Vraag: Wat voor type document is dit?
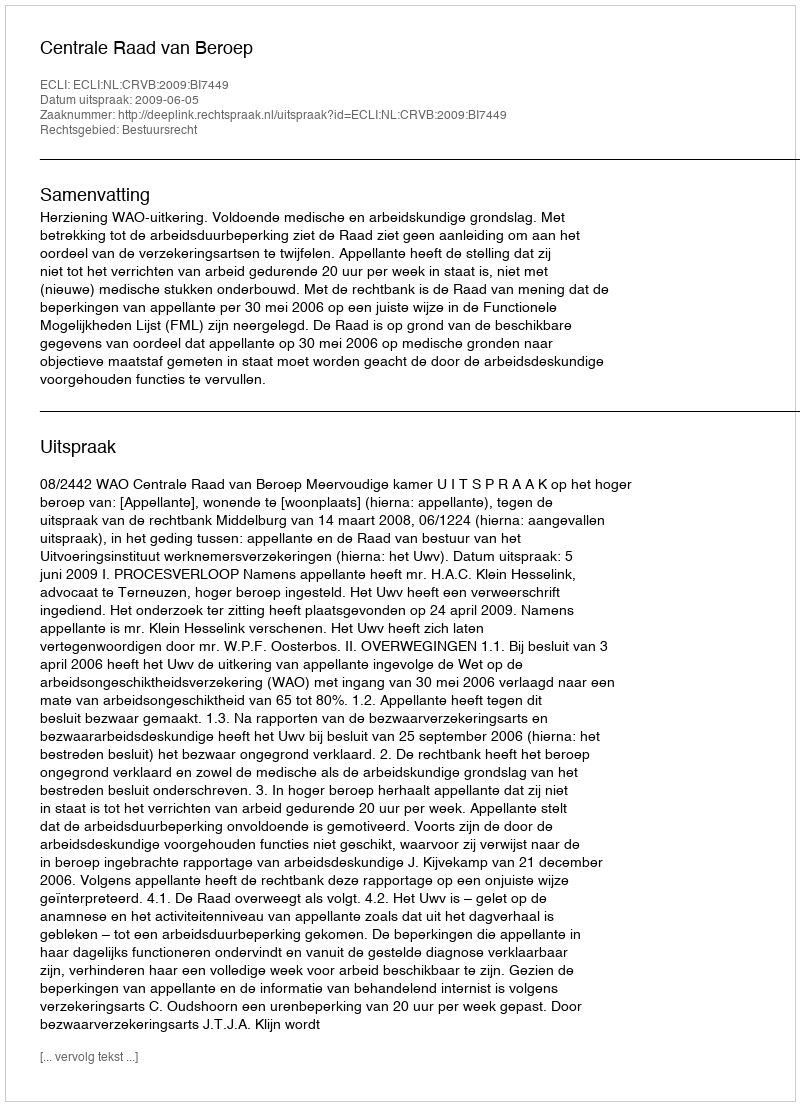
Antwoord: Uitspraak